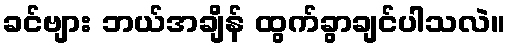
ခင်ဗျား ဘယ်အချိန် ထွက်ခွာချင်ပါသလဲ။